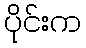
ပိုင်းက